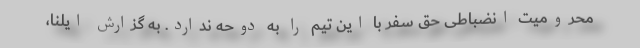
محرومیت انضباطی حق سفر با این تیم را به دوحه ندارد. به گزارش ایلنا،